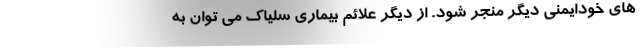
های خودایمنی دیگر منجر شود. از دیگر علائم بیماری سلیاک می توان به